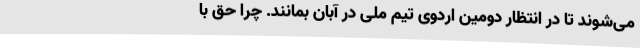
می‌شوند تا در انتظار دومین اردوی تیم ملی در آبان بمانند. چرا حق با